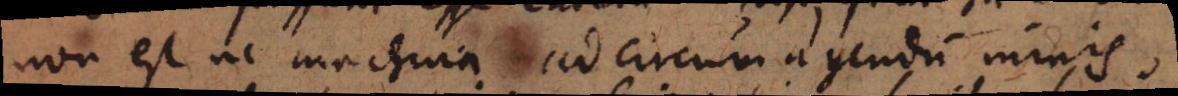
non est ne machina ad circumagendum nimis,